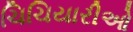
ચિચિયારીઓ